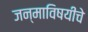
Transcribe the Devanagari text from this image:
जन्माविषयीचे